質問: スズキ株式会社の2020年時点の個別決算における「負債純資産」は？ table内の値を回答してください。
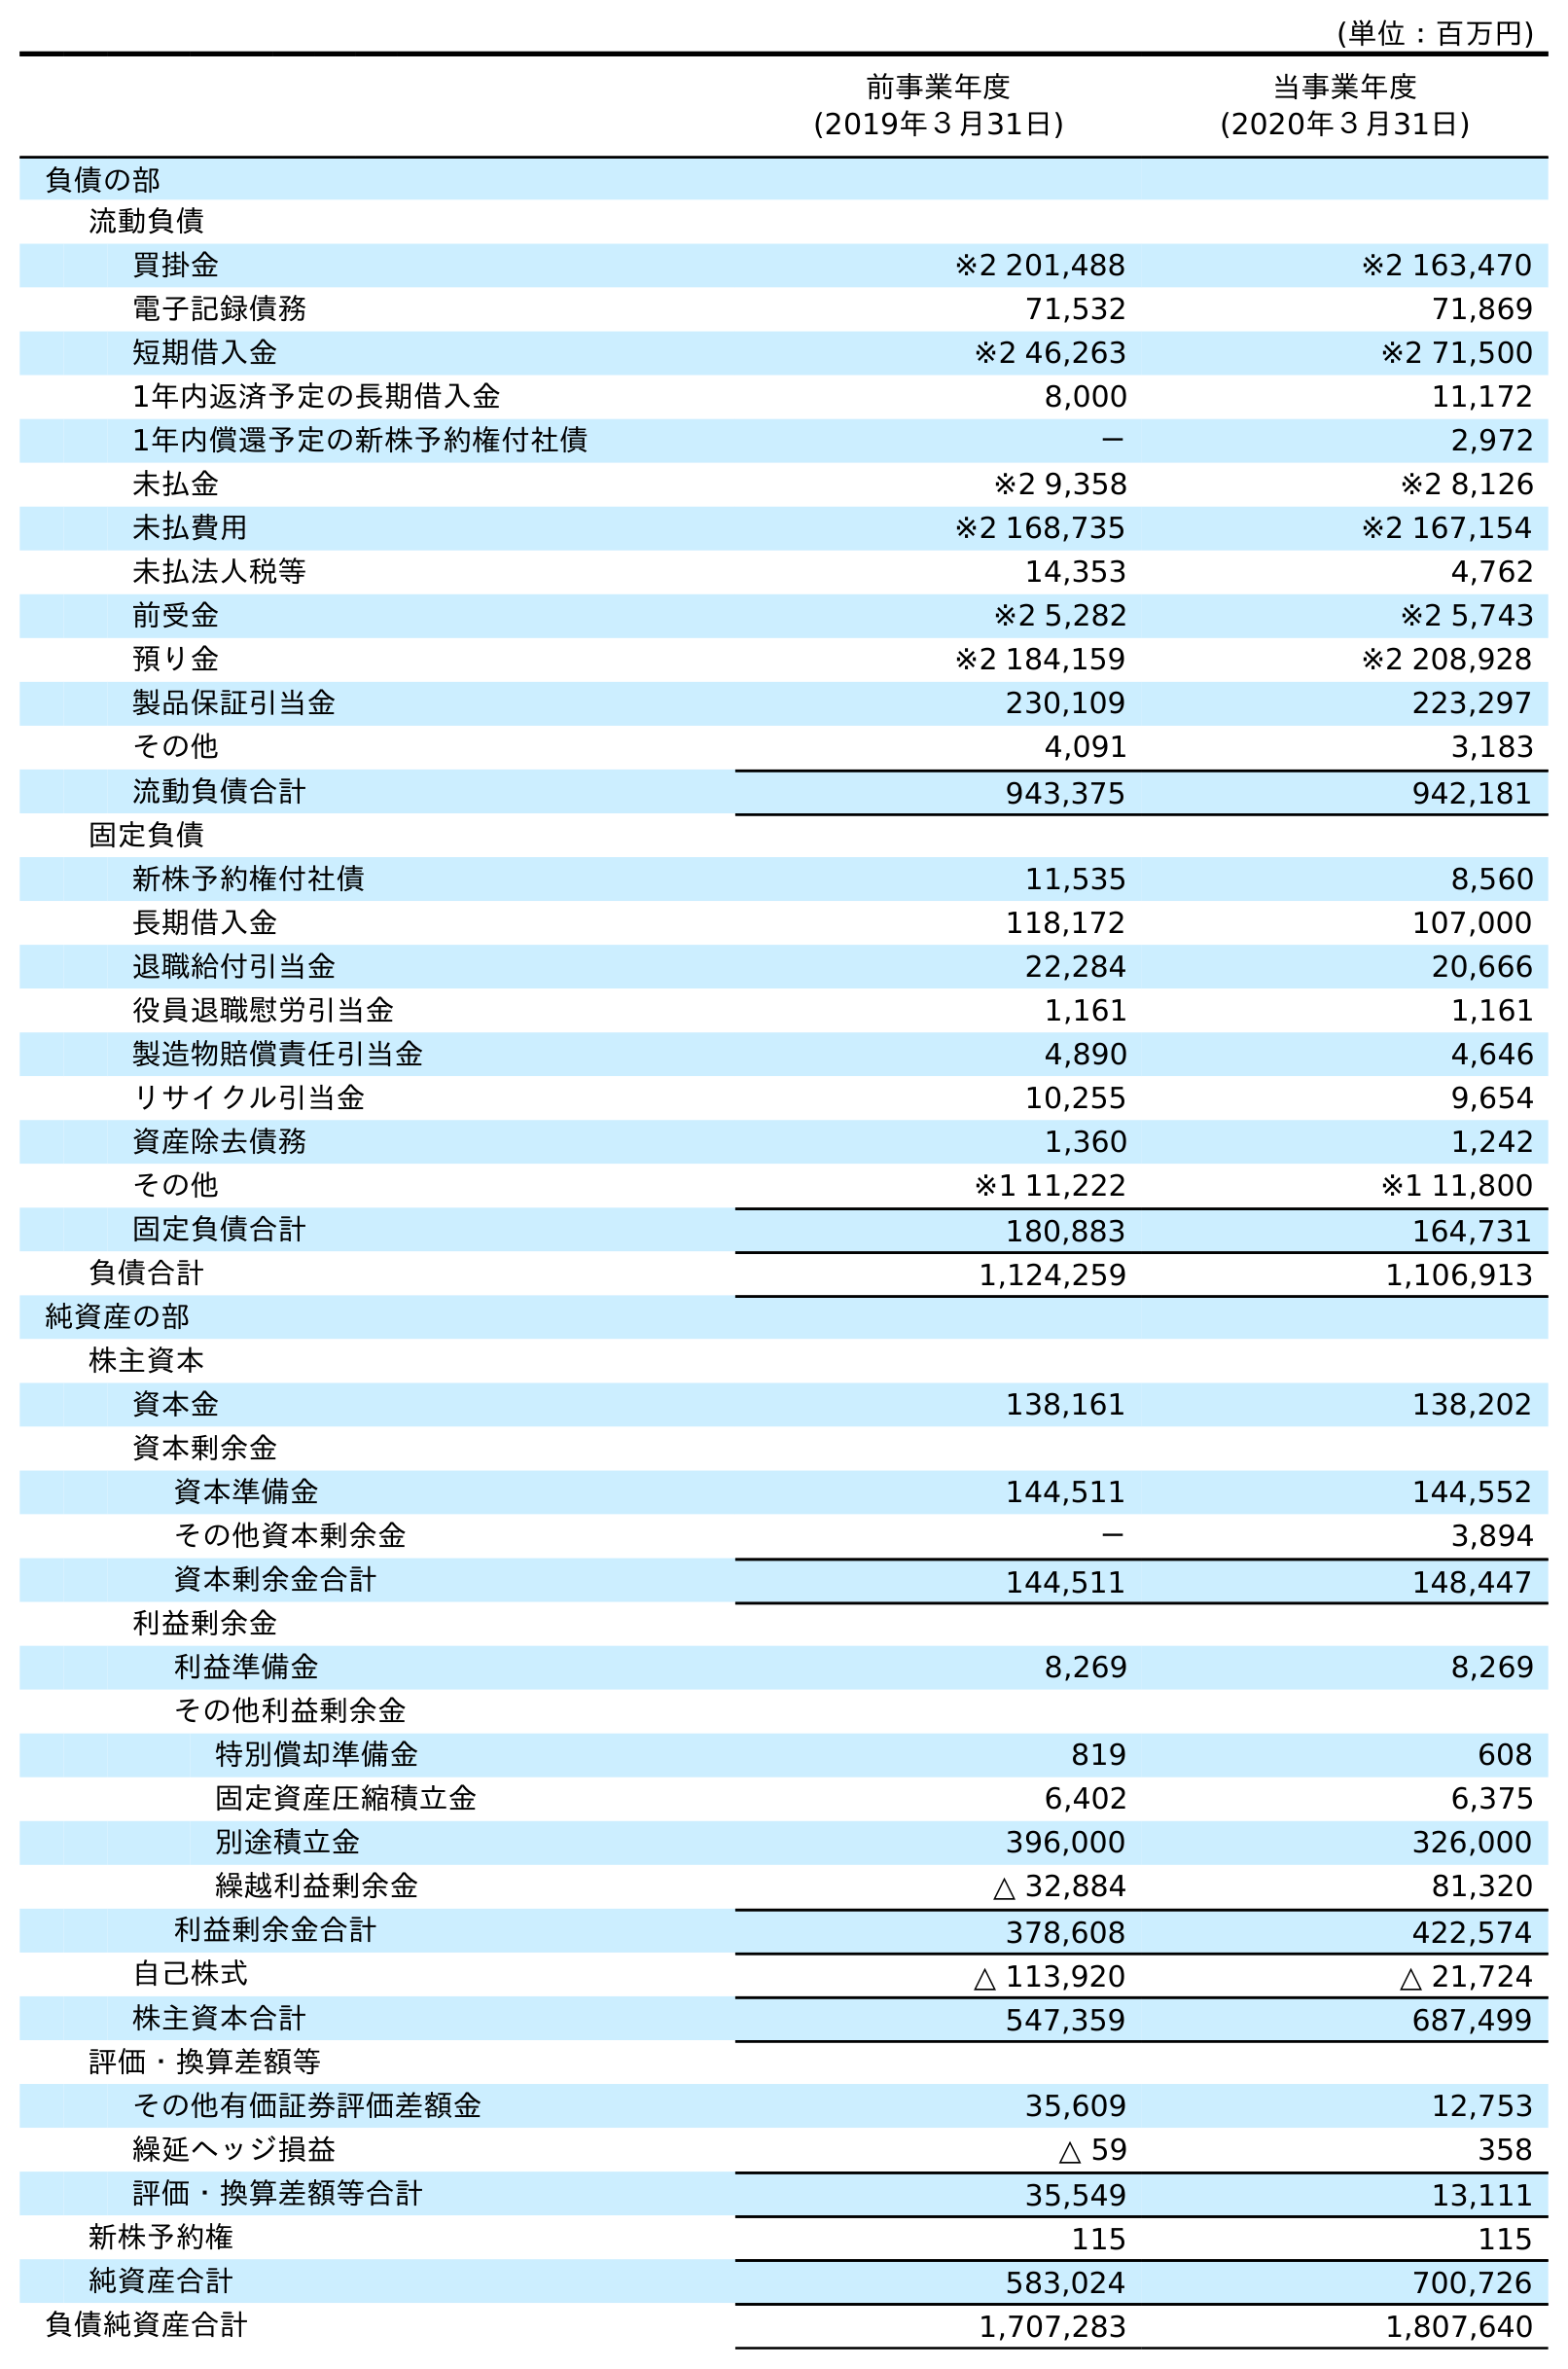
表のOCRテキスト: (単位：百万円) 前事業年度 (2019年３月31日) 当事業年度 (2020年３月31日) 負債の部 流動負債 買掛金 ※2 201,488 ※2 163,470 電子記録債務 71,532 71,869 短期借入金 ※2 46,263 ※2 71,500 1年内返済予定の長期借入金 8,000 11,172 1年内償還予定の新株予約権付社債 － 2,972 未払金 ※2 9,358 ※2 8,126 未払費用 ※2 168,735 ※2 167,154 未払法人税等 14,353 4,762 前受金 ※2 5,282 ※2 5,743 預り金 ※2 184,159 ※2 208,928 製品保証引当金 230,109 223,297 その他 4,091 3,183 流動負債合計 943,375 942,181 固定負債 新株予約権付社債 11,535 8,560 長期借入金 118,172 107,000 退職給付引当金 22,284 20,666 役員退職慰労引当金 1,161 1,161 製造物賠償責任引当金 4,890 4,646 リサイクル引当金 10,255 9,654 資産除去債務 1,360 1,242 その他 ※1 11,222 ※1 11,800 固定負債合計 180,883 164,731 負債合計 1,124,259 1,106,913 純資産の部 株主資本 資本金 138,161 138,202 資本剰余金 資本準備金 144,511 144,552 その他資本剰余金 － 3,894 資本剰余金合計 144,511 148,447 利益剰余金 利益準備金 8,269 8,269 その他利益剰余金 特別償却準備金 819 608 固定資産圧縮積立金 6,402 6,375 別途積立金 396,000 326,000 繰越利益剰余金 △ 32,884 81,320 利益剰余金合計 378,608 422,574 自己株式 △ 113,920 △ 21,724 株主資本合計 547,359 687,499 評価・換算差額等 その他有価証券評価差額金 35,609 12,753 繰延ヘッジ損益 △ 59 358 評価・換算差額等合計 35,549 13,111 新株予約権 115 115 純資産合計 583,024 700,726 負債純資産合計 1,707,283 1,807,640
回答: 1,807,640